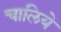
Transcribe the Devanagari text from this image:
चालिये